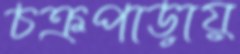
চক্রপাড়ায়